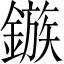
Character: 鏃